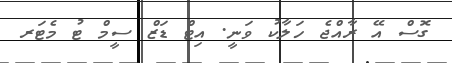
ގޮސް އޭ ރާއްޖެ ހަލާކު ވަނީ. އިޓް ޑަޒް ސީމް ޓު މެޓަރ